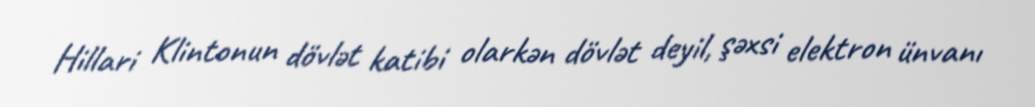
Hillari Klintonun dövlət katibi olarkən dövlət deyil, şəxsi elektron ünvanı